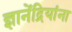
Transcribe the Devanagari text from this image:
ज्ञानेंद्रियांना